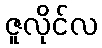
ဇူလိုင်လ